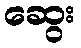
ဆွေး